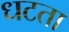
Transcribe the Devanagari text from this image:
धटता